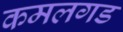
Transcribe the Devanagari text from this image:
कमलगड